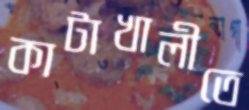
কাটাখালীতে